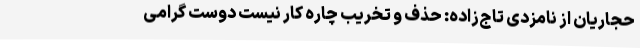
حجاریان از نامزدی تاج‌زاده: حذف و تخریب چاره کار نیست دوست گرامی‌